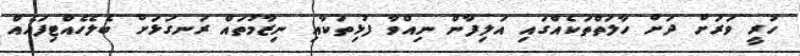
ހުރީ ވަރަށް ދަށް ހާލަތްތަކެއްގައި އަލިފާން ނިއްވާ ފުޅިތަކާއި ނިޒާމުތައް ރަނގަޅަށް ބެލެހެއްޓިފައެއް